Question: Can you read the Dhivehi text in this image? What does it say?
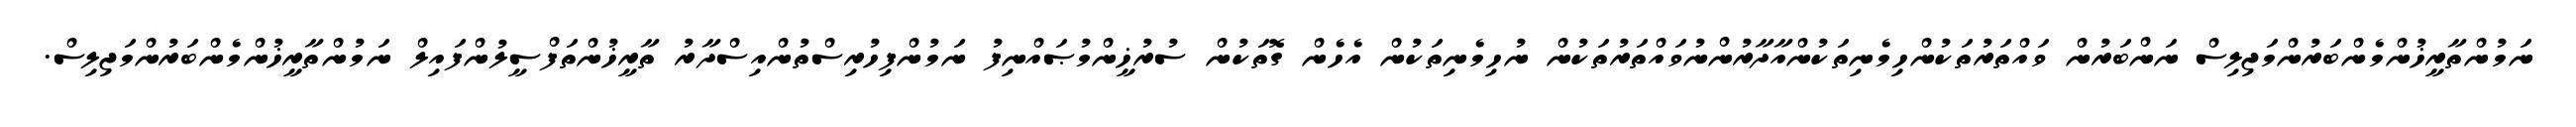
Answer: ނަމުންތާރީޚުންމެންބަރުންމަޖިލިސް ނަންބަރުން ވައްތަރުތަކުންހިމެނިތަކުންއާދާރުންނުވައްތަރުތަކުން ނުހިމެނިތަކުން އެހެން ގޮތަކުން ސުރުޚީންމުޞައްނިފު ނަމުންފިހުރިސްތުންއިސްދާރު ތާރީޚުންތަފްސީލުންފައިލް ނަމުންތާރީޚުންމެންބަރުންމަޖިލިސް.